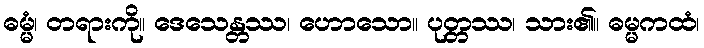
ဓမ္မံ၊ တရားကို။ ဒေသေန္တဿ၊ ဟောသော။ ပုတ္တဿ၊ သား၏။ ဓမ္မကထံ၊